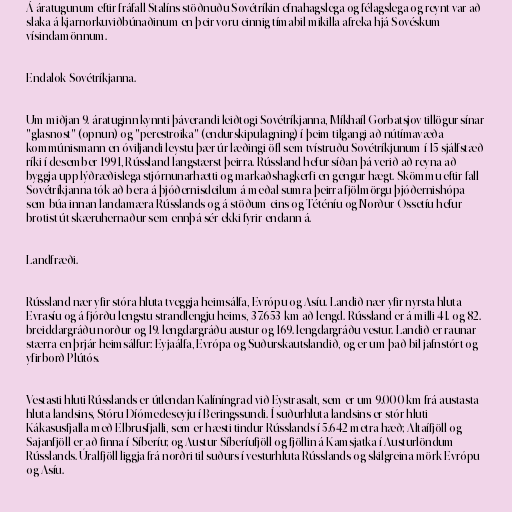
Á áratugunum eftir fráfall Stalíns stöðnuðu Sovétríkin efnahagslega og félagslega og reynt var að
slaka á kjarnorkuviðbúnaðinum en þeir voru einnig tímabil mikilla afreka hjá Sovéskum
vísindamönnum.

Endalok Sovétríkjanna.

Um miðjan 9. áratuginn kynnti þáverandi leiðtogi Sovétríkjanna, Míkhaíl Gorbatsjov tillögur sínar
"glasnost" (opnun) og "perestroika" (endurskipulagning) í þeim tilgangi að nútímavæða
kommúnismann en óviljandi leystu þær úr læðingi öfl sem tvístruðu Sovétríkjunum í 15 sjálfstæð
ríki í desember 1991, Rússland langstærst þeirra. Rússland hefur síðan þá verið að reyna að
byggja upp lýðræðislega stjórnunarhætti og markaðshagkerfi en gengur hægt. Skömmu eftir fall
Sovétríkjanna tók að bera á þjóðernisdeilum á meðal sumra þeirra fjölmörgu þjóðernishópa
sem búa innan landamæra Rússlands og á stöðum eins og Téténíu og Norður-Ossetíu hefur
brotist út skæruhernaður sem ennþá sér ekki fyrir endann á.

Landfræði.

Rússland nær yfir stóra hluta tveggja heimsálfa, Evrópu og Asíu. Landið nær yfir nyrsta hluta
Evrasíu og á fjórðu lengstu strandlengju heims, 37.653 km að lengd. Rússland er á milli 41. og 82.
breiddargráðu norður og 19. lengdargráðu austur og 169. lengdargráðu vestur. Landið er raunar
stærra en þrjár heimsálfur: Eyjaálfa, Evrópa og Suðurskautslandið, og er um það bil jafnstórt og
yfirborð Plútós.

Vestasti hluti Rússlands er útlendan Kalíníngrad við Eystrasalt, sem er um 9.000 km frá austasta
hluta landsins, Stóru Díómedeseyju í Beringssundi. Í suðurhluta landsins er stór hluti
Kákasusfjalla með Elbrusfjalli, sem er hæsti tindur Rússlands í 5.642 metra hæð; Altaífjöll og
Sajanfjöll er að finna í Síberíu; og Austur-Síberíufjöll og fjöllin á Kamsjatka í Austurlöndum
Rússlands. Úralfjöll liggja frá norðri til suðurs í vesturhluta Rússlands og skilgreina mörk Evrópu
og Asíu.